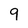
Character: 9